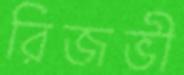
রিজভী